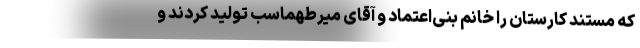
که مستند کارستان را خانم بنی‌اعتماد و آقای میرطهماسب تولید کردند و